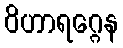
ဝိဟာရဂ္ဂေန